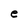
Character: e